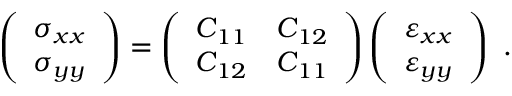
\left( \begin{array} { l } { \sigma _ { x x } } \\ { \sigma _ { y y } } \end{array} \right) = \left( \begin{array} { l l } { C _ { 1 1 } } & { C _ { 1 2 } } \\ { C _ { 1 2 } } & { C _ { 1 1 } } \end{array} \right) \left( \begin{array} { l } { \varepsilon _ { x x } } \\ { \varepsilon _ { y y } } \end{array} \right) \mathrm { ~ . ~ }